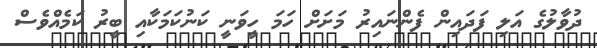
ދުވާލުގެ އަލި ފަދައިން ފެންނައިރު މަށަށް ހަމަ ހީވަނީ ކަނުކަމަކާއި ބީރު ކަމެއްވެސް